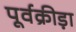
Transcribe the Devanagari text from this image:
पूर्वक्रीड़ा